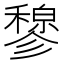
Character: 𫁇